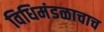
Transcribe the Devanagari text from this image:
विधिमंडळाचाच